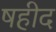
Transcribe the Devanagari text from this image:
षहीद